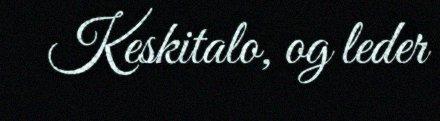
Keskitalo, og leder